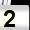
Digit: 2